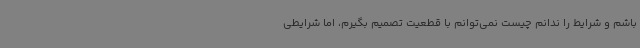
باشم و شرایط را ندانم چیست نمی‌توانم با قطعیت تصمیم بگیرم، اما شرایطی